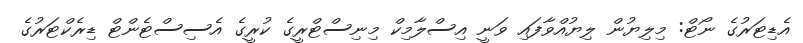
އެޑިޓަރުގެ ނޯޓް: މިލިޔުން ލިޔުއްވާފައި ވަނީ އިސްލާމިކް މިނިސްޓްރީގެ ކުރީގެ އެސިސްޓެންޓް ޑިރެކްޓަރުގެ